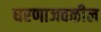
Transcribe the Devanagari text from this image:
धरणाजवळील